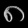
Digit: ၈